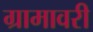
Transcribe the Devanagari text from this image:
ग्रामावरी